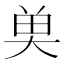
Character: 𮫭